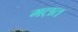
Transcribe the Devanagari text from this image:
गल़त